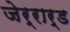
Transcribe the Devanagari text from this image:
जेर्रार्ड